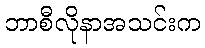
ဘာစီလိုနာအသင်းက